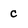
Character: c